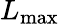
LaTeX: L_{\mathrm{max}}